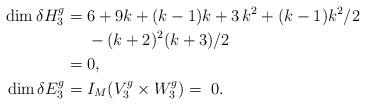
LaTeX: \begin{align*} \dim \delta H_3^g = &\; 6 + 9 k + (k-1)k + {3\,k^2}+(k-1)k^2/2\\ &\; -{(k+2)^2(k+3)/2} \\ =&\; 0,\\ \dim \delta E_3^g = &\; I_M(V_3^g\times W_3^g)=\; 0.\end{align*}